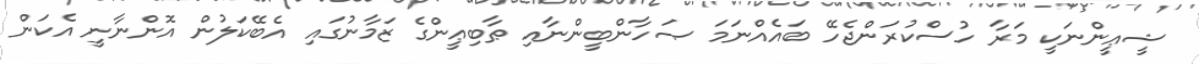
ޝީޢީންނަކީ މަރާ ހުސްކުރަންޖެހޭ ބައެއްނަމަ ޞަހާންބީންނާއި ޠާބިޢީންގެ ޒަމާނުގައި އެބޭކަލުން އޮންނާނީ އެކަން